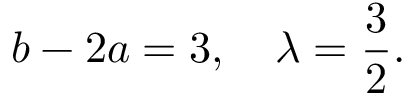
b - 2 a = 3 , \quad \lambda = \frac { 3 } { 2 } .